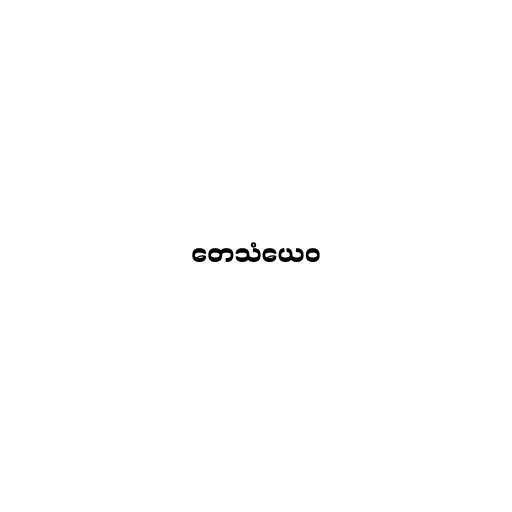
တေသံယေဝ